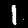
Digit: 1